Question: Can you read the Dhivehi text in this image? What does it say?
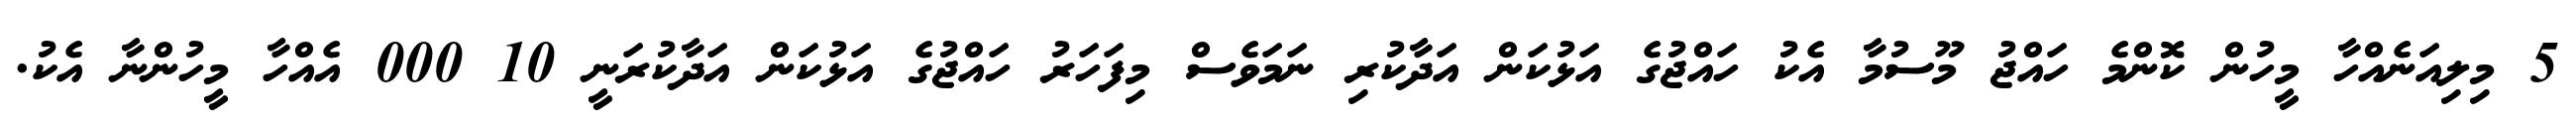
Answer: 5 މިލިއަނެއްހާ މީހުން ކޮންމެ ހައްޖު މޫސުމާ އެކު ހައްޖުގެ އަޅުކަން އަދާކުރި ނަމަވެސް މިފަހަރު ހައްޖުގެ އަޅުކަން އަދާކުރަނީ 10 000 އެއްހާ މީހުންނާ އެކު.